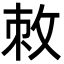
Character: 敇